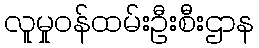
လူမှုဝန်ထမ်းဦးစီးဌာန